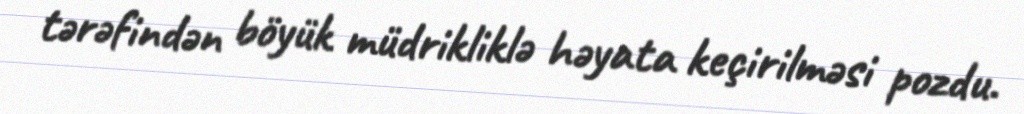
tərəfindən böyük müdrikliklə həyata keçirilməsi pozdu.